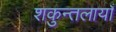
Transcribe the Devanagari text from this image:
शकुन्तलायाँ